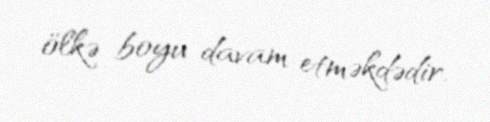
ölkə boyu davam etməkdədir.